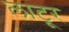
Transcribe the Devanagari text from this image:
लाटूर